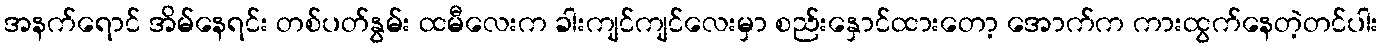
အနက်ရောင် အိမ်နေရင်း တစ်ပတ်နွမ်း ထမီလေးက ခါးကျင်ကျင်လေးမှာ စည်းနှောင်ထားတော့ အောက်က ကားထွက်နေတဲ့တင်ပါး